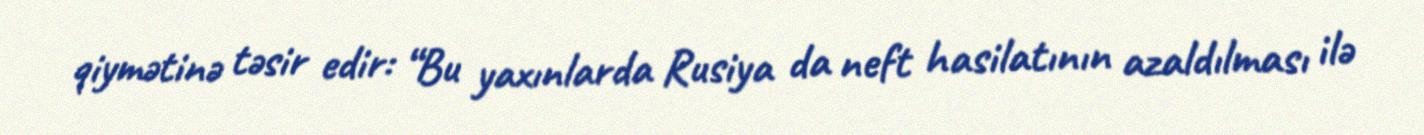
qiymətinə təsir edir: “Bu yaxınlarda Rusiya da neft hasilatının azaldılması ilə